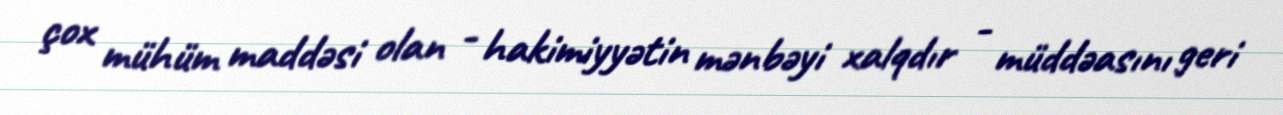
çox mühüm maddəsi olan - hakimiyyətin mənbəyi xalqdır - müddəasını geri